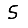
Digit: 5